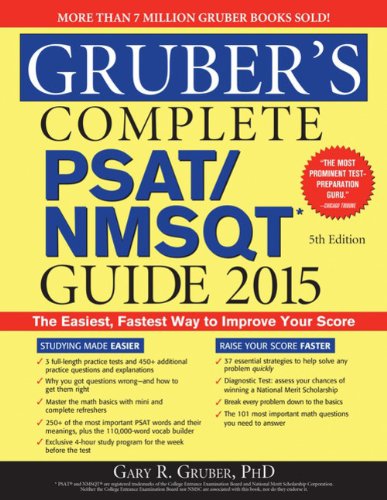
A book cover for Gruber's Complete PSAT/NMSQT Guide 2015; Gary Gruber; Test Preparation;